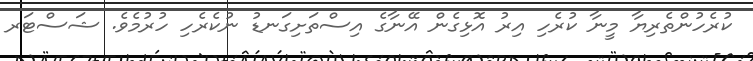
ކުރެހުންތެރިޔާ މީނާ ކުރެހި އިރު އޮޅިގެން އޭނާގެ އިސްތަށިގަނޑު ނުކެރެހި ހުރުމެވެ. ޝަސްޓަރ